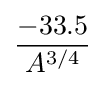
-33.5 \over A^{3/4}